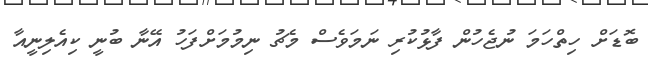
ބޮޑަށް ހިތްހަމަ ނުޖެހުން ފާޅުކުރި ނަމަވެސް މެޗު ނިމުމަށްފަހު އޭނާ ބުނީ ކިއެލިނީއާ